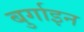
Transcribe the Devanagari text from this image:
बुर्गाइन